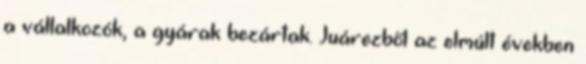
a vállalkozók, a gyárak bezártak. Juárezből az elmúlt években